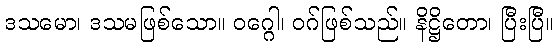
ဒသမော၊ ဒသမဖြစ်သော။ ဝဂ္ဂေါ၊ ဝဂ်ဖြစ်သည်။ နိဋ္ဌိတော၊ ပြီးပြီ။